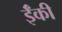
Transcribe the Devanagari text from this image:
ईँकी